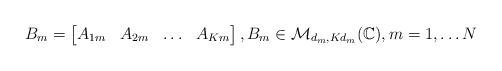
LaTeX: \begin{align*}B_m = \begin{bmatrix}A_{1m} & A_{2m} & \hdots & A_{Km}\end{bmatrix},B_m \in \mathcal{M}_{d_m,Kd_m}(\mathbb{C}), m=1,\ldots N\end{align*}